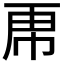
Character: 𮓜